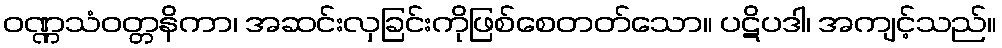
ဝဏ္ဏသံဝတ္တနိကာ၊ အဆင်းလှခြင်းကိုဖြစ်စေတတ်သော။ ပဋိပဒါ၊ အကျင့်သည်။